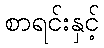
စာရင်းနှင့်